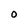
Character: O